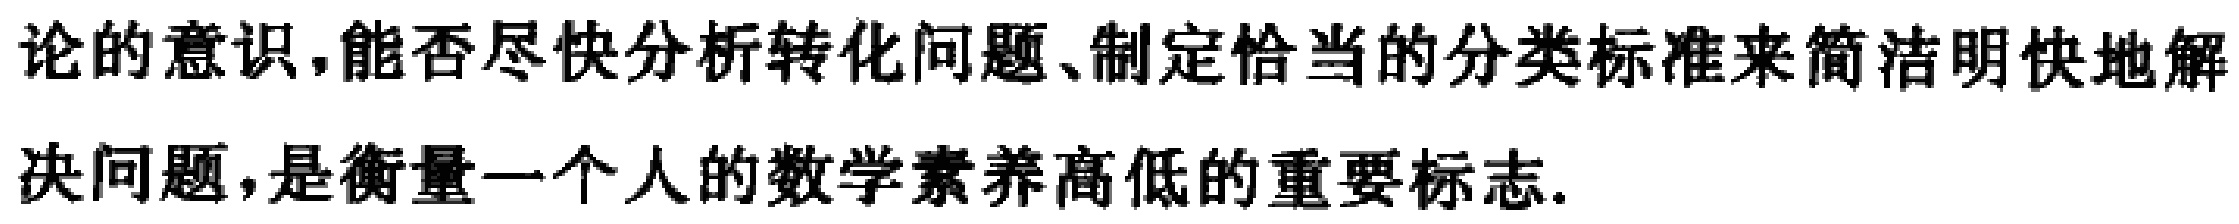
论的意识,能否尽快分析转化问题、制定恰当的分类标准来简洁明快地解决问题,是衡量一个人的数学素养高低的重要标志.